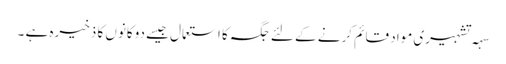
سہہ تشہیری مواد قائم کرنے کے لئے جگہ کا استعمال جیسے دوکانوں کا ذخیرہ ہے ۔